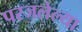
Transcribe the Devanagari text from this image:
परजलेल्या